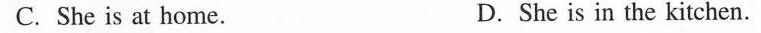
C. She is at home. D. She is in the kitchen.